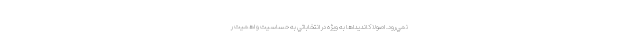
نمي‌رود. اصولا كانديداها به ويژه در انتخاباتي به حساسيت و اهميت ر